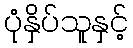
ပုံနှိပ်သူနှင့်